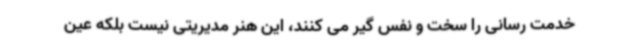
خدمت رسانی را سخت و نفس گیر می کنند، این هنر مدیریتی نیست بلکه عین